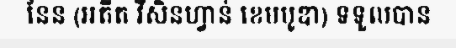
នែន (អតីត វីសិនហ្វាន់ ខេមបូឌា) ទទួលបាន